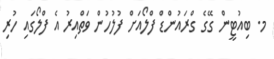
މ. ބިއުޓީން ގޭގެ ގްރައުންޑް ފްލޯއަށް ފުލުހުން ވަތްއިރު އެ ފްލޯގައި ހުރި